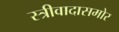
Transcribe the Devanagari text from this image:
स्त्रीवादासमोर